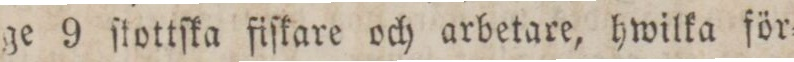
ge 9 ſtottſka fiſkare och arbetare, hwilka för=